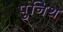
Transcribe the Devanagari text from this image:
पुनिथ